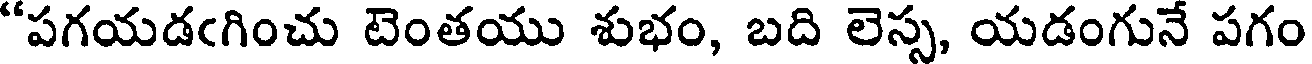
"పగయడఁగించు టెంతయు శుభం, బది లెస్స, యడంగునే పగం